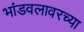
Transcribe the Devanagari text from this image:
भांडवलावरच्या